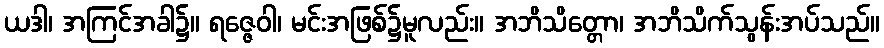
ယဒါ၊ အကြင်အခါ၌။ ရဇ္ဇေဝါ၊ မင်းအဖြစ်၌မူလည်း။ အဘိသိတ္တော၊ အဘိသိက်သွန်းအပ်သည်။